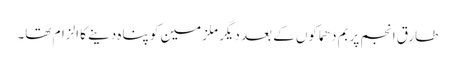
طارق انجم پر بم دھماکوں کے بعد دیگر ملزمین کو پناہ دینے کا الزام تھا۔